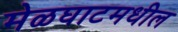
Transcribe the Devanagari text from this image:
मेळघाटमधील